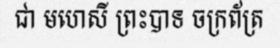
ជា មហេសី ព្រះបាទ ចក្រព័ត្រ